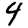
Digit: 4